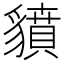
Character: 𧴍